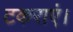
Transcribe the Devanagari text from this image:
टकराएं।